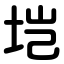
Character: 垲